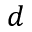
d